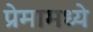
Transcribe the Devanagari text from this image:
प्रेमामध्ये